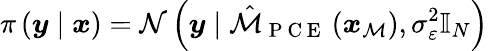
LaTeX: \pi\left(\boldsymbol{y}\mid\boldsymbol{x}\right)=\mathcal{N}\left(\boldsymbol{y}\mid\hat{\mathcal{M}}_{\mathrm{~P~C~E~}}\left(\boldsymbol{x}_{\mathcal{M}}\right),\sigma_{\varepsilon}^{2}\mathbb{I}_{N}\right)